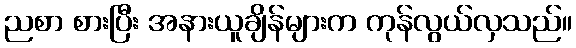
ညစာ စားပြီး အနားယူချိန်များက ကုန်လွယ်လှသည်။